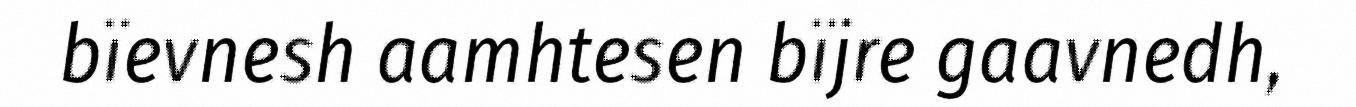
bïevnesh aamhtesen bïjre gaavnedh,